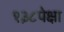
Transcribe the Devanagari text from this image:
१३८पेक्षा